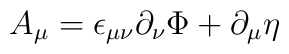
A_{\mu} = \epsilon_{\mu\nu}\partial_{\nu}\Phi + \partial_{\mu}\eta